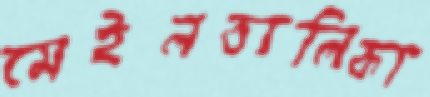
মেইলতালিকা